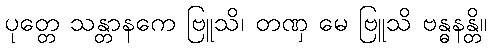
ပုတ္တေ သန္တာနကေ ဗြူသိ၊ တဏှ မေ ဗြူသိ ဗန္ဓနန္တိ။